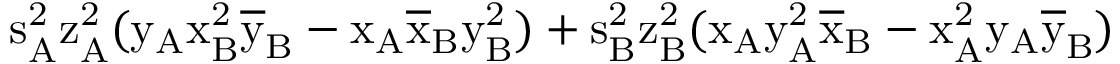
\mathrm { s _ { A } ^ { 2 } \mathrm { z _ { A } ^ { 2 } ( \mathrm { y _ { A } \mathrm { x _ { B } ^ { 2 } \mathrm { \overline { { y } } _ { B } - \mathrm { x _ { A } \mathrm { \overline { { x } } _ { B } \mathrm { y _ { B } ^ { 2 } ) + \mathrm { s _ { B } ^ { 2 } \mathrm { z _ { B } ^ { 2 } ( \mathrm { x _ { A } \mathrm { y _ { A } ^ { 2 } \mathrm { \overline { { x } } _ { B } - \mathrm { x _ { A } ^ { 2 } \mathrm { y _ { A } \mathrm { \overline { { y } } _ { B } ) } } } } } } } } } } } } } } } }